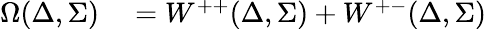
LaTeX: \begin{array}{rl}{\Omega(\Delta,\Sigma)}&{{}=W^{++}(\Delta,\Sigma)+W^{+-}(\Delta,\Sigma)}\end{array}